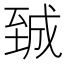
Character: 臹